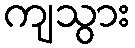
ကျသွား